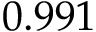
0 . 9 9 1